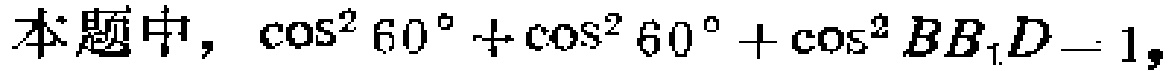
本题中，\(\cos^{2} 60^{\circ}+\cos^{2} 60^{\circ}+\cos^{2}BB_{1}D = 1\)，